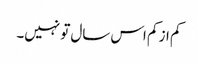
کم از کم اس سال تو نہیں۔